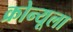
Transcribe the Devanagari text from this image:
क्रोन्यूला